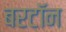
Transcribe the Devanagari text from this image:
बरटॉन